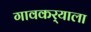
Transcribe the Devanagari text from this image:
गावकर्‍याला